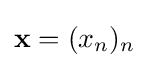
\mathbf {x} =(x_{n})_{n}